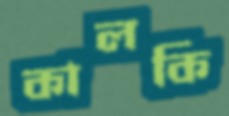
কালকি